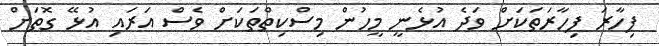
ފިހާރަ ފިހާރަތަކަށް ވަދެ އުޅެނީ މީހުން މިސްކިތްތަކަށް ވެސް އަރައި އުޅޭ ގޮތަށް